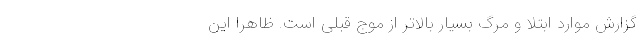
گزارش موارد ابتلا و مرگ بسیار بالاتر از موج قبلی است. ظاهراً این